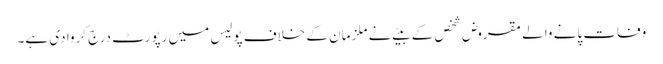
وفات پانے والے مقروض شخص کے بیٹے نے ملزمان کے خلاف پولیس میں رپورٹ درج کروا دی ہے۔